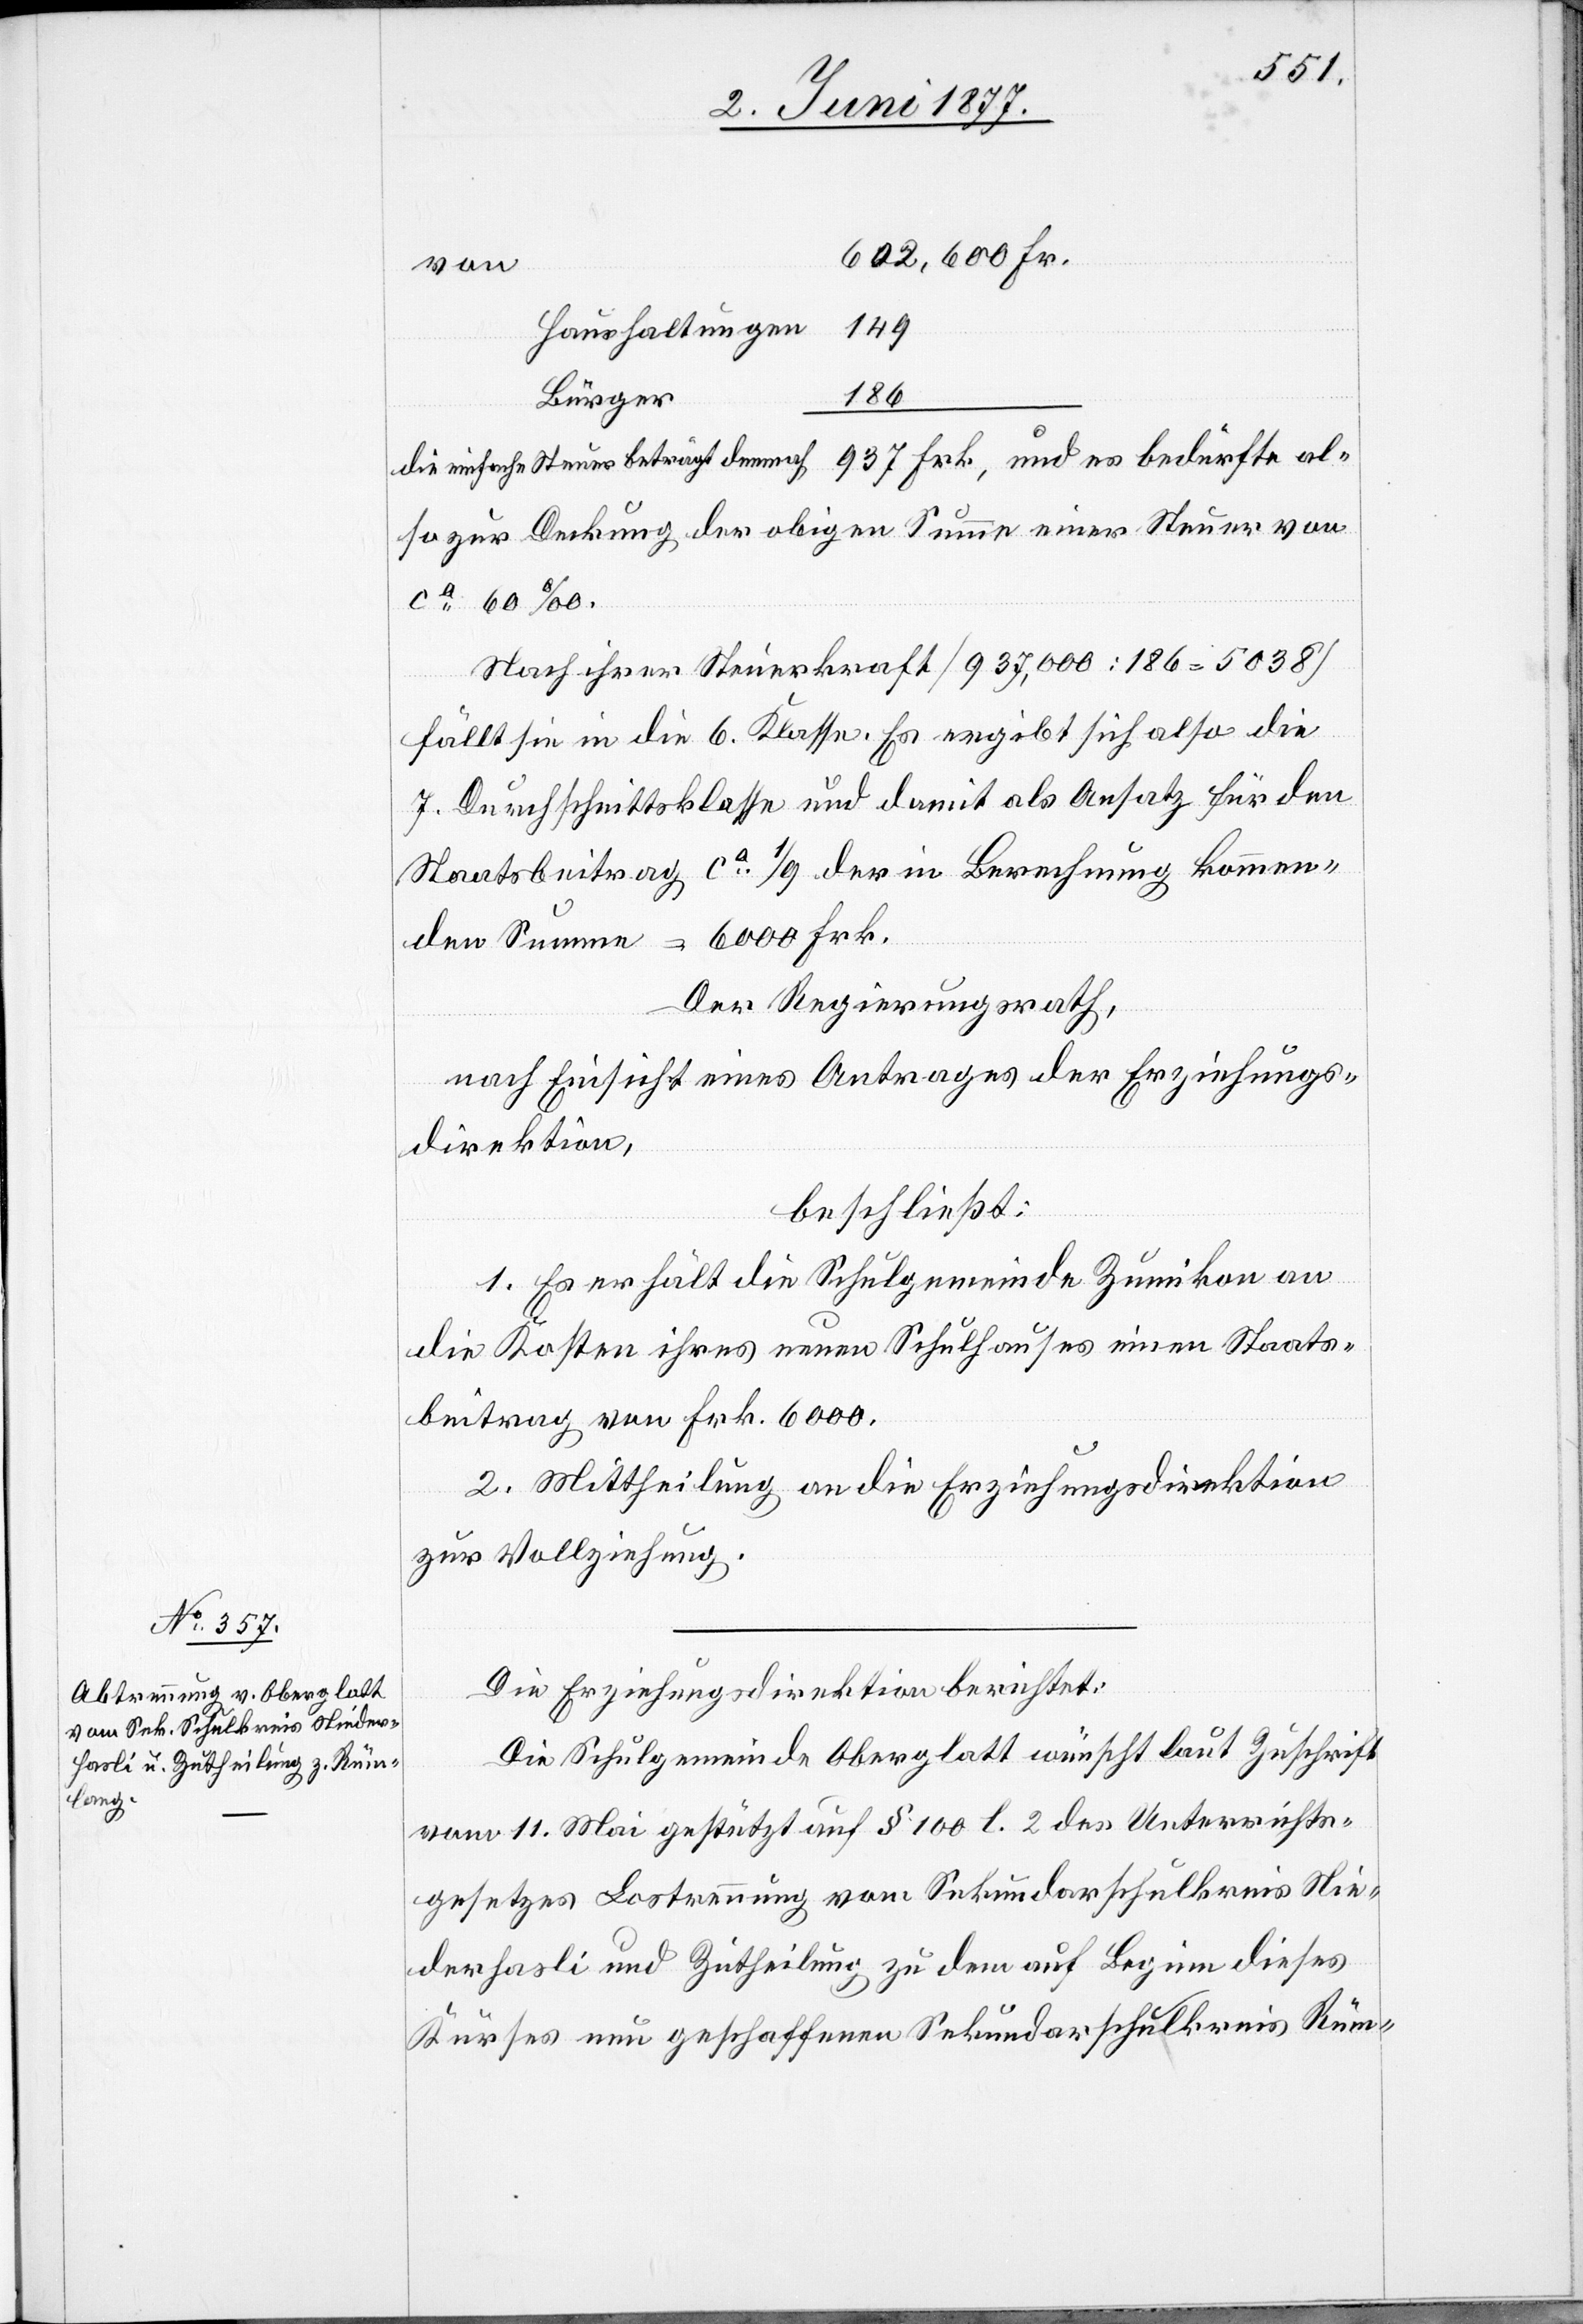
149
Haushaltungen
186
Bürger
die einfache Steuer beträgt demnach
also zur Deckung der obigen Summe einer Steuer von
Nach ihrer Steuerkraft [937,000 : 186 = 5038]
fällt sie in die 6. Klasse. Es ergibt sich also die
7. Durchschnittsklasse und damit als Ansatz für den
Staatsbeitrag ca 1/9 der in Berechnung kommen¬
den Summe = 6000 Frk.
Der Regierungsrath,
nach Einsicht eines Antrages der Erziehungs¬
direktion,
beschließt:
1. Es erhält die Schulgemeinde Zumikon an
die Kosten ihres neuen Schulhauses einen Staats¬
beitrag von Frk. 6000.
2. Mittheilung an die Erziehungsdirektion
zur Vollziehung.
Die Erziehungsdirektion berichtet:
Die Schulgemeinde Oberglatt wünscht laut Zuschrift
vom 11. Mai gestützt auf § 100 l. 2 des Unterrichts¬
gesetzes Lostrennung vom Sekundarschulkreis Nie¬
derhasli und Zutheilung zu dem auf Beginn dieses
Kurses neu geschaffenen Sekundarschulkreis Rüm-